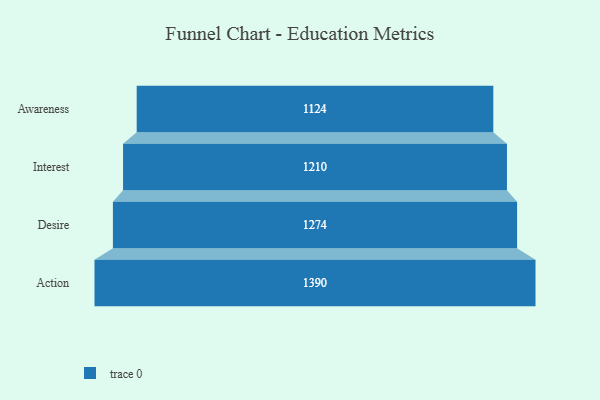
{"axis": {"x": "Stage", "y": "Value"}, "legend": [""], "data": [{"x": "Awareness", "y": 1124.0, "type": ""}, {"x": "Interest", "y": 1210.0, "type": ""}, {"x": "Desire", "y": 1274.0, "type": ""}, {"x": "Action", "y": 1390.0, "type": ""}]}